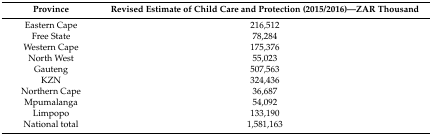
| Province | Revised Estimate of Child Care and Protection (2015/2016)—ZAR Thousand |
 | --- | --- |
 | Eastern Cape | 216,512 |
 | Free State | 78,284 |
 | Western Cape | 175,376 |
 | North West | 55,023 |
 | Gauteng | 507,563 |
 | KZN | 324,436 |
 | Northern Cape | 36,687 |
 | Mpumalanga | 54,092 |
 | Limpopo | 133,190 |
 | National total | 1,581,163 |